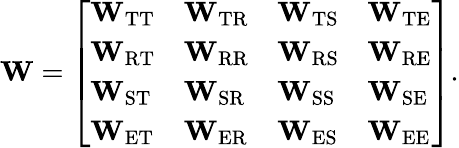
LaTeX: \mathbf{W}=\left[\begin{array}{llll}{\mathbf{W}_{\mathrm{TT}}}&{\mathbf{W}_{\mathrm{TR}}}&{\mathbf{W}_{\mathrm{TS}}}&{\mathbf{W}_{\mathrm{TE}}}\\ {\mathbf{W}_{\mathrm{RT}}}&{\mathbf{W}_{\mathrm{RR}}}&{\mathbf{W}_{\mathrm{RS}}}&{\mathbf{W}_{\mathrm{RE}}}\\ {\mathbf{W}_{\mathrm{ST}}}&{\mathbf{W}_{\mathrm{SR}}}&{\mathbf{W}_{\mathrm{SS}}}&{\mathbf{W}_{\mathrm{SE}}}\\ {\mathbf{W}_{\mathrm{ET}}}&{\mathbf{W}_{\mathrm{ER}}}&{\mathbf{W}_{\mathrm{ES}}}&{\mathbf{W}_{\mathrm{EE}}}\end{array}\right].